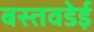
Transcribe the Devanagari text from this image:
बस्तवडेई